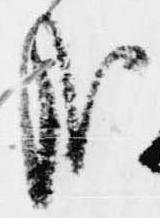
哉